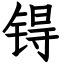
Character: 锝